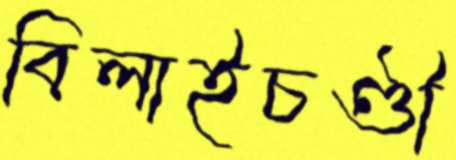
বিলাইচণ্ডী